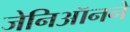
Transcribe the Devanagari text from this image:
जेनिऑनने